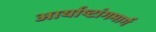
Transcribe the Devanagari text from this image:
आर्याष्टांगमार्ग